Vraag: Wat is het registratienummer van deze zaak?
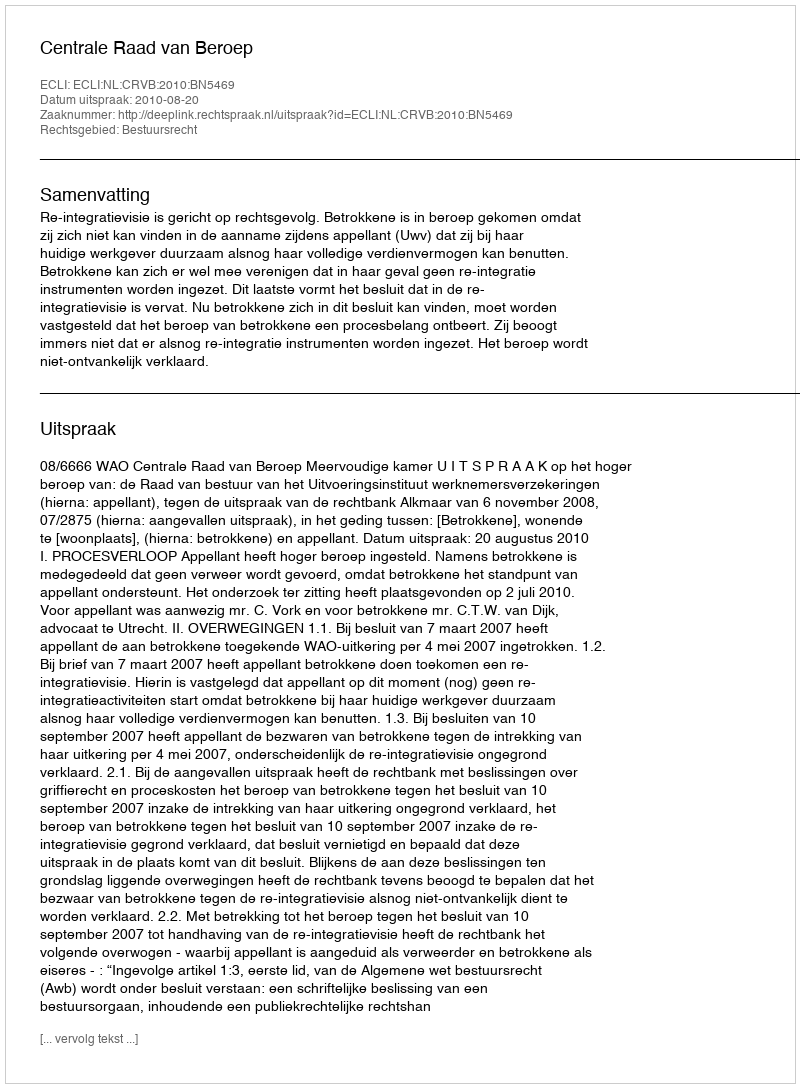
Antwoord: http://deeplink.rechtspraak.nl/uitspraak?id=ECLI:NL:CRVB:2010:BN5469